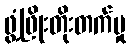
ဖွံ့ဖြိုးတိုးတက်မှု